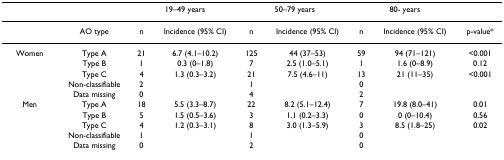
<table><thead><tr><td></td><td></td><td colspan="2"><b>19–49 years</b></td><td colspan="2"><b>50–79 years</b></td><td colspan="2"><b>80- years</b></td><td></td></tr></thead><tbody><tr><td></td><td>AO type</td><td>n</td><td>Incidence (95% CI)</td><td>n</td><td>Incidence (95% CI)</td><td>n</td><td>Incidence (95% CI)</td><td>p-value*</td></tr><tr><td>Women</td><td>Type A</td><td>21</td><td>6.7 (4.1–10.2)</td><td>125</td><td>44 (37–53)</td><td>59</td><td>94 (71–121)</td><td>&lt;0.001</td></tr><tr><td></td><td>Type B</td><td>1</td><td>0.3 (0–1.8)</td><td>7</td><td>2.5 (1.0–5.1)</td><td>1</td><td>1.6 (0–8.9)</td><td>0.12</td></tr><tr><td></td><td>Type C</td><td>4</td><td>1.3 (0.3–3.2)</td><td>21</td><td>7.5 (4.6–11)</td><td>13</td><td>21 (11–35)</td><td>&lt;0.001</td></tr><tr><td></td><td>Non-classifiable</td><td>2</td><td></td><td>1</td><td></td><td>0</td><td></td><td></td></tr><tr><td></td><td>Data missing</td><td>0</td><td></td><td>4</td><td></td><td>2</td><td></td><td></td></tr><tr><td>Men</td><td>Type A</td><td>18</td><td>5.5 (3.3–8.7)</td><td>22</td><td>8.2 (5.1–12.4)</td><td>7</td><td>19.8 (8.0–41)</td><td>0.01</td></tr><tr><td></td><td>Type B</td><td>5</td><td>1.5 (0.5–3.6)</td><td>3</td><td>1.1 (0.2–3.3)</td><td>0</td><td>0 (0–10.4)</td><td>0.56</td></tr><tr><td></td><td>Type C</td><td>4</td><td>1.2 (0.3–3.1)</td><td>8</td><td>3.0 (1.3–5.9)</td><td>3</td><td>8.5 (1.8–25)</td><td>0.02</td></tr><tr><td></td><td>Non-classifiable</td><td>1</td><td></td><td>1</td><td></td><td>0</td><td></td><td></td></tr><tr><td></td><td>Data missing</td><td>0</td><td></td><td>2</td><td></td><td>0</td><td></td><td></td></tr></tbody></table>